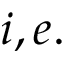
i , e .